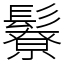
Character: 𩯊